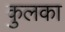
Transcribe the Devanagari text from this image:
कुलका